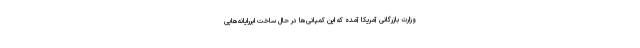
وزارت بازرگانی آمریکا آمده که این کمپانی‌ها در حال ساخت ابررایانه‌هایی